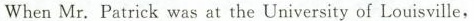
When Mr. Patrick was at the University of Louisville,